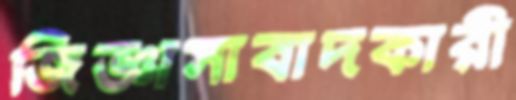
জিজ্ঞাসাবাদকারী